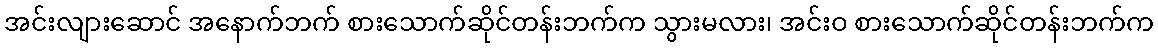
အင်းလျားဆောင် အနောက်ဘက် စားသောက်ဆိုင်တန်းဘက်က သွားမလား၊ အင်းဝ စားသောက်ဆိုင်တန်းဘက်က